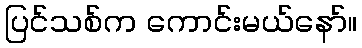
ပြင်သစ်က ကောင်းမယ်နော်။